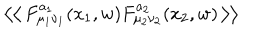
\left< \left< \, F _ { \mu _ { 1 } \nu _ { 1 } } ^ { a _ { 1 } } ( x _ { 1 } , w ) F _ { \mu _ { 2 } \nu _ { 2 } } ^ { a _ { 2 } } ( x _ { 2 } , w ) \, \right> \right>